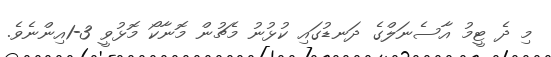
މި ދެ ޓީމު އާސެނަލްގެ ދަނޑުގައި ކުޅުނު މެޗުން މޮނާކޯ މޮޅުވީ 3-1އިންނެވެ.